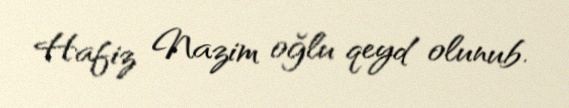
Hafiz Nazim oğlu qeyd olunub.